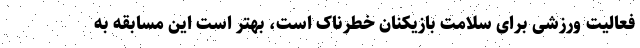
فعالیت ورزشی برای سلامت بازیکنان خطرناک است، بهتر است این مسابقه به